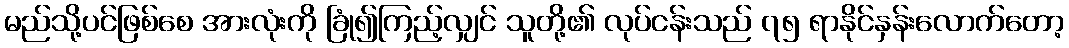
မည်သို့ပင်ဖြစ်စေ အားလုံးကို ခြုံ၍ကြည့်လျှင် သူတို့၏ လုပ်ငန်းသည် ၇၅ ရာနိုင်နှန်းလောက်တော့